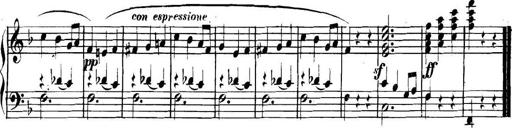
Title: Collected Piano Sonatas
Composer: Muzio Clementi